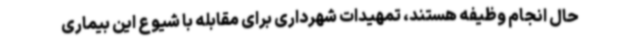
حال انجام وظیفه هستند، تمهیدات شهرداری برای مقابله با شیوع این بیماری